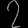
Digit: ၇